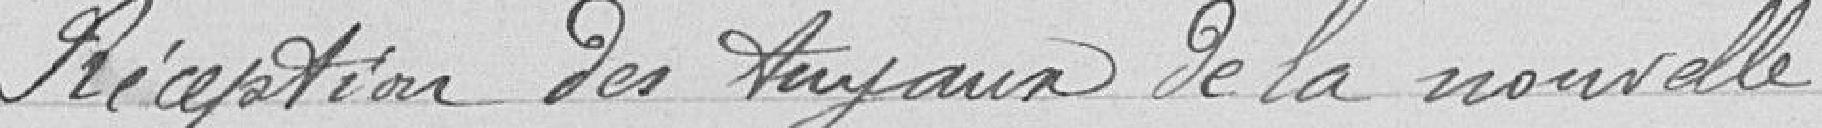
Réception des travaux de la nouvelle